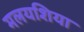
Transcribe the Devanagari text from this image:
मलयशिया